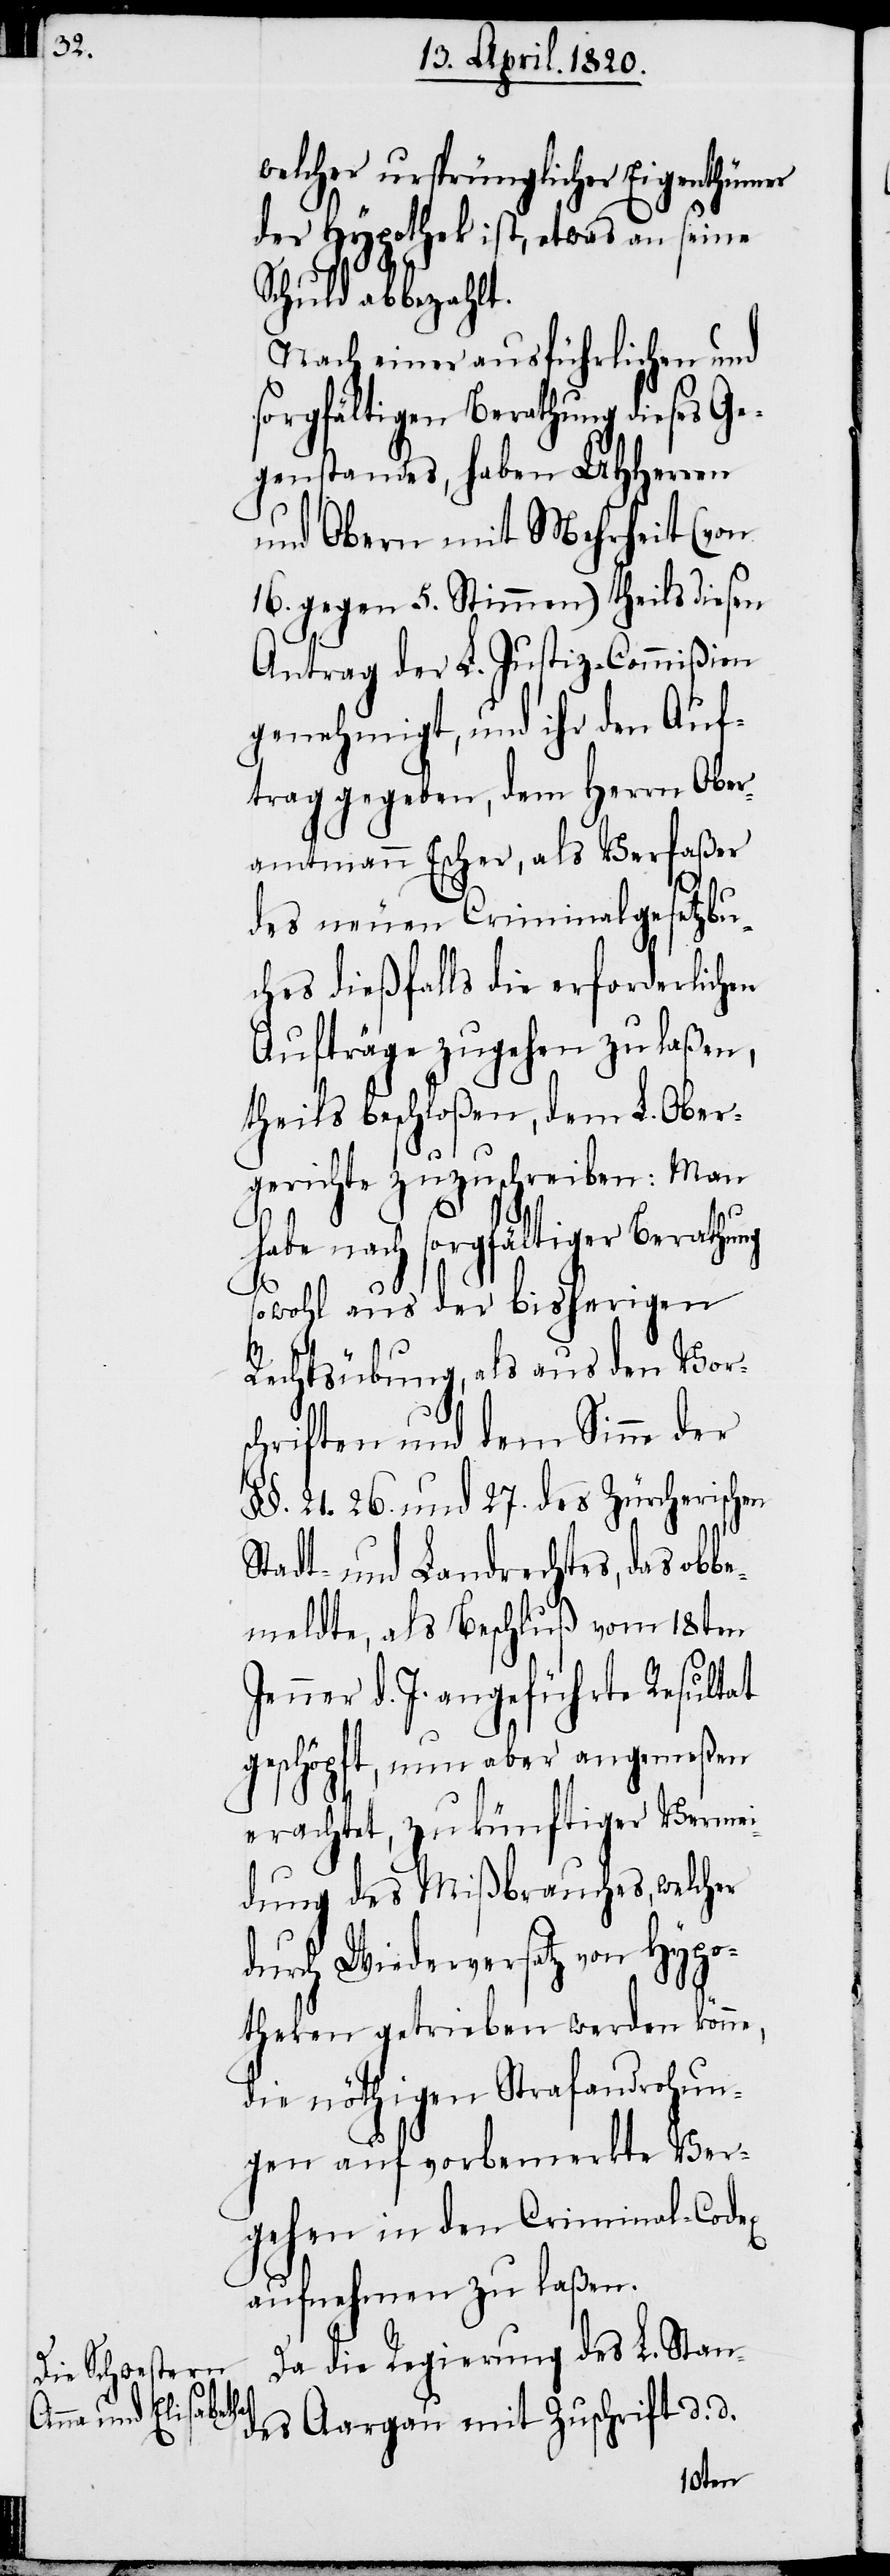
Da die Regierung des L. Stan¬
des Aargau mit Zuschrift d. d.
9ten